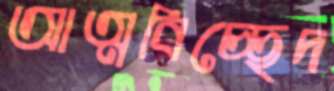
আত্মবিচ্ছেদ